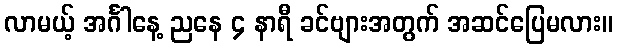
လာမယ့် အင်္ဂါနေ့ ညနေ ၄ နာရီ ခင်ဗျားအတွက် အဆင်ပြေမလား။